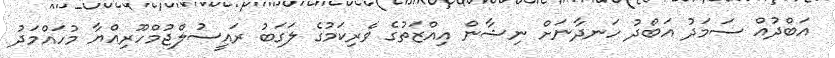
އަބްދުއް ސަމަދު އަބްދު ހަނދާނަށް ނިޝާން އިއްޒަތުގެ ވެރިކަމުގެ ލަގަބު ރައީސުލްޖުމްހޫރިއްޔާ މުހައްމަދު